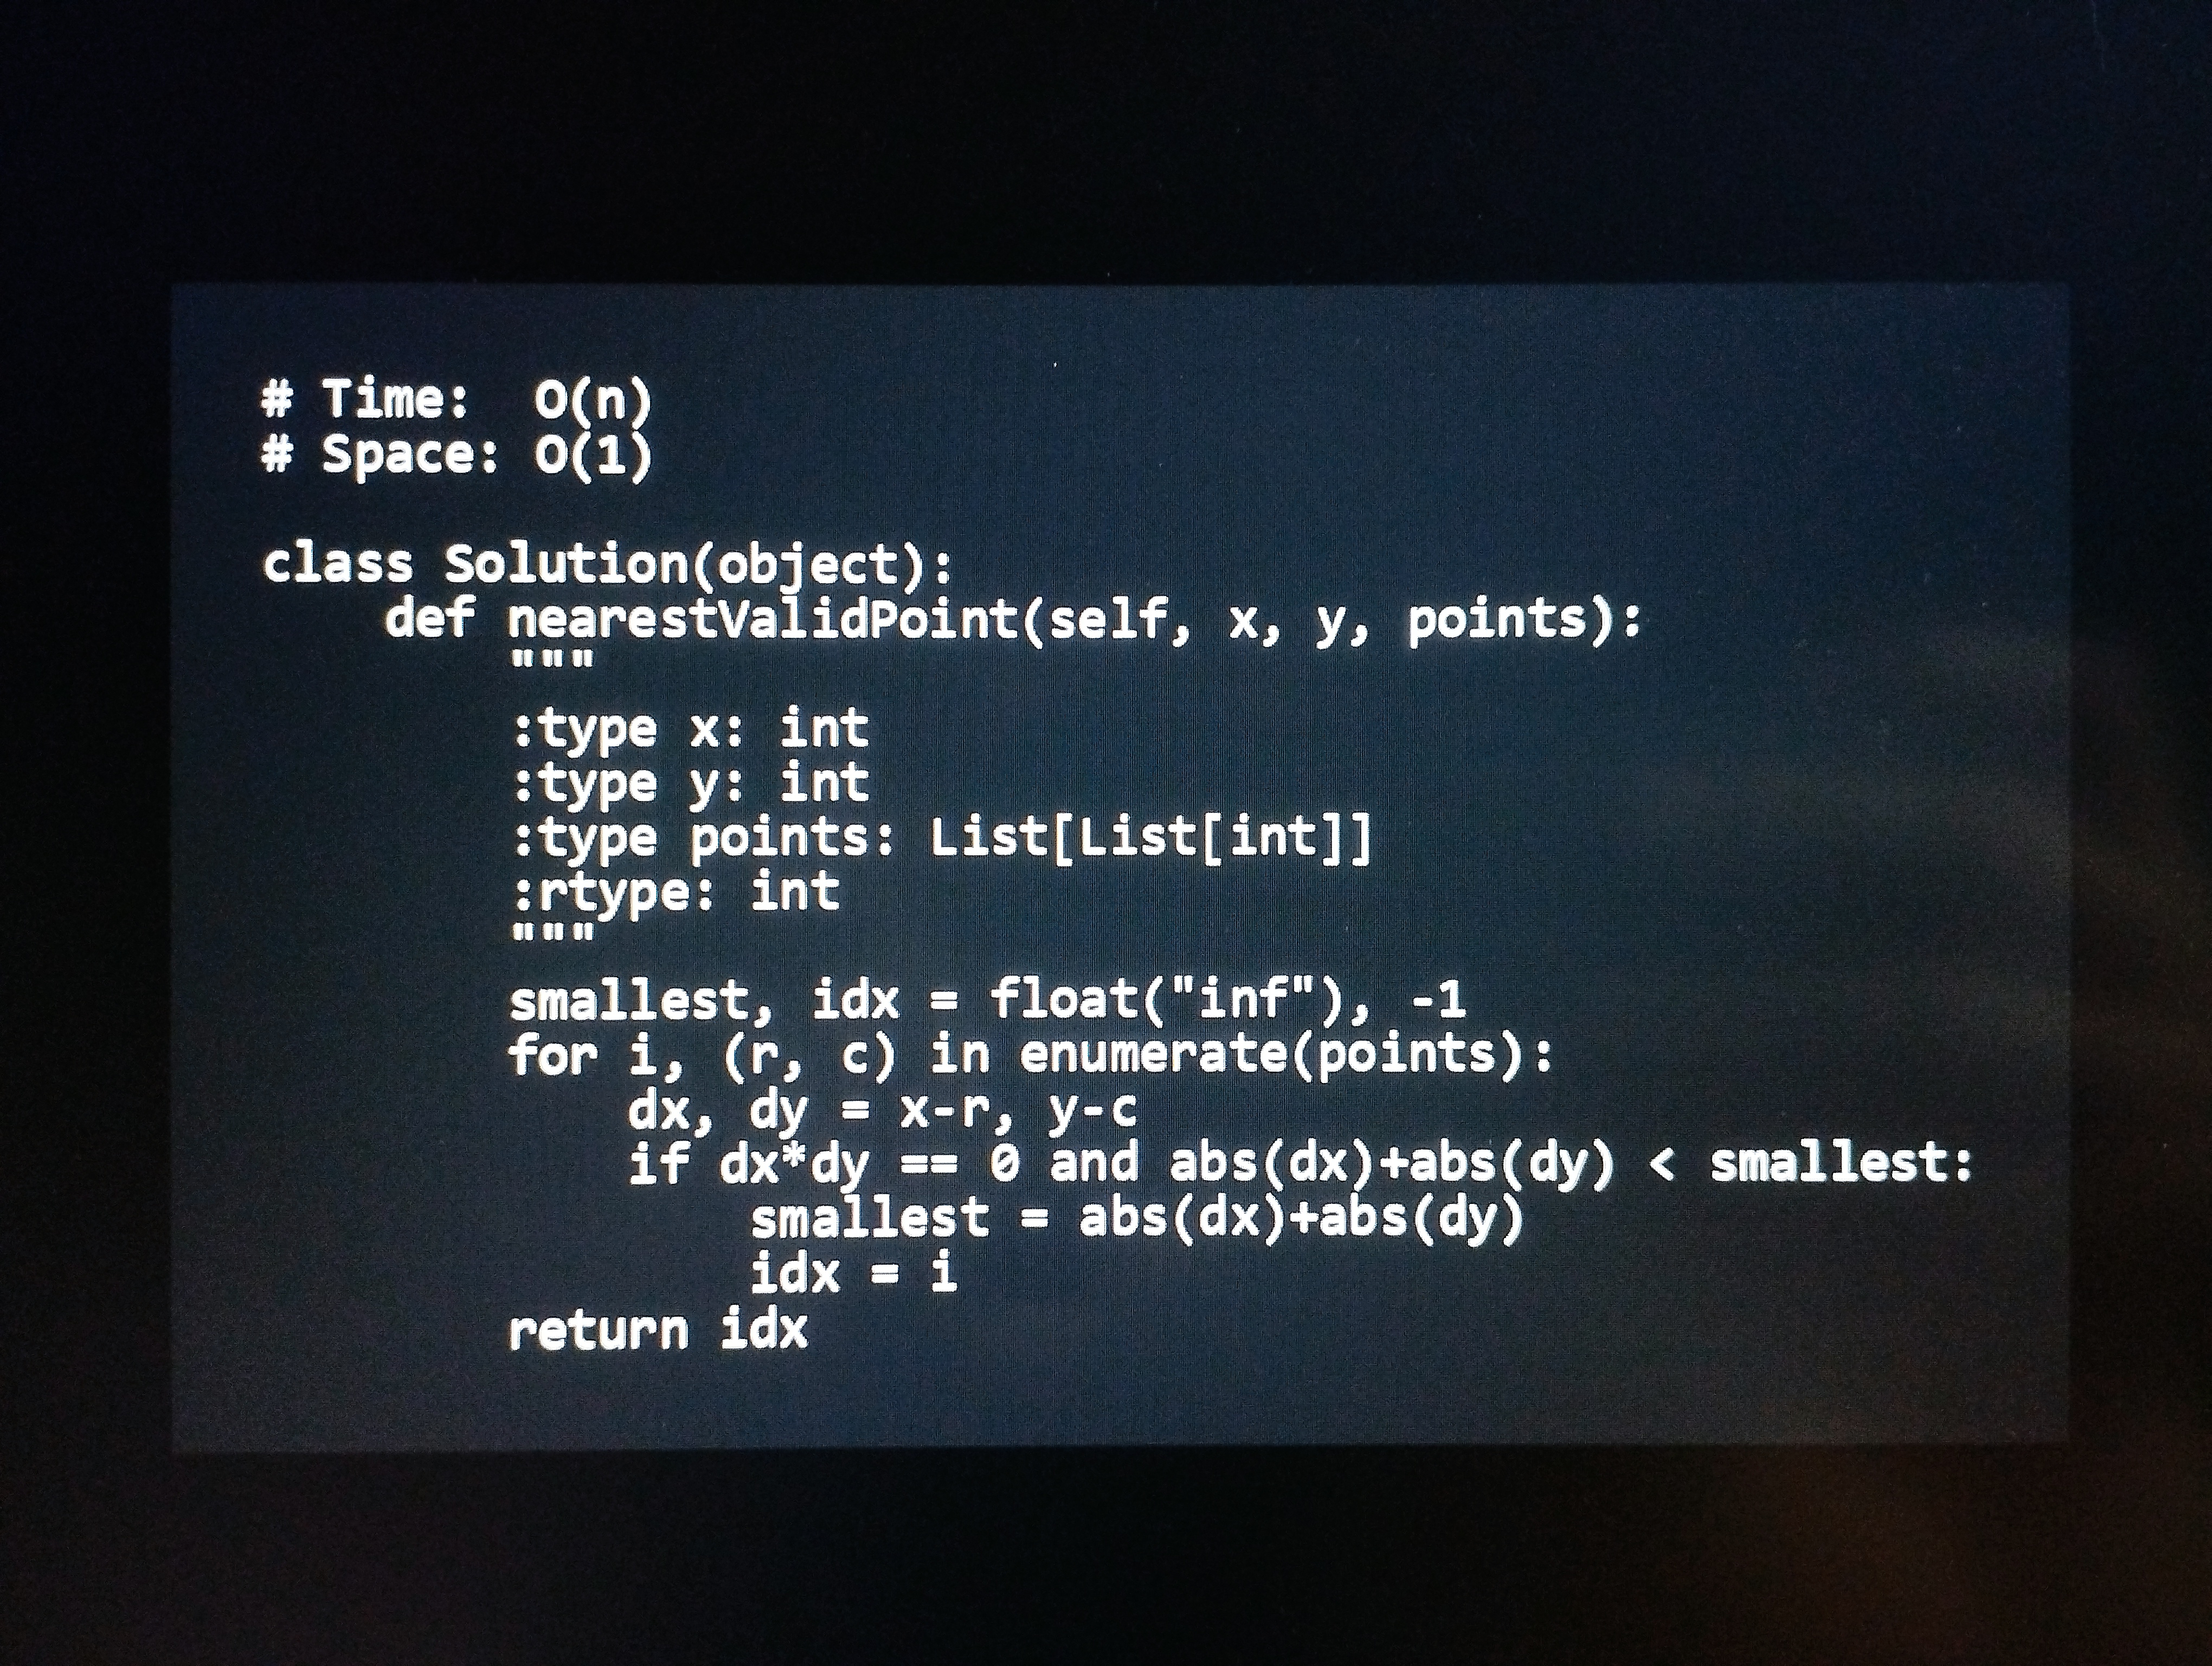
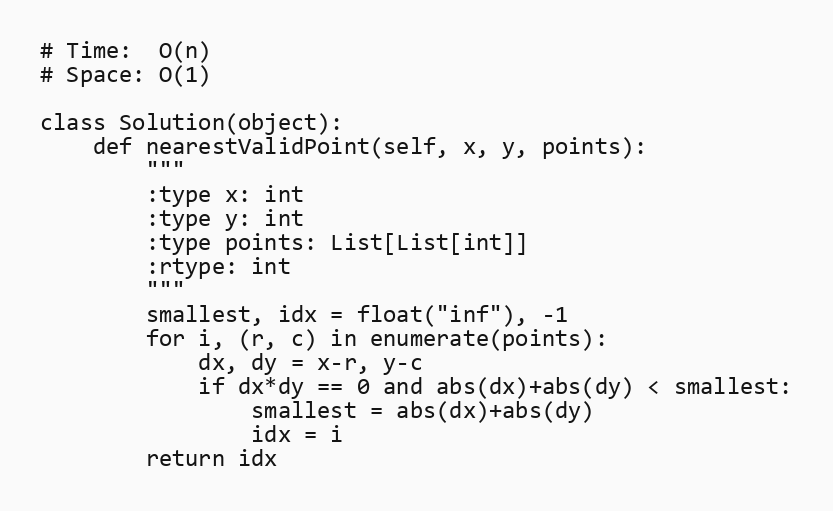
# Time:  O(n)
# Space: O(1)

class Solution(object):
    def nearestValidPoint(self, x, y, points):
        """
        :type x: int
        :type y: int
        :type points: List[List[int]]
        :rtype: int
        """
        smallest, idx = float("inf"), -1
        for i, (r, c) in enumerate(points):
            dx, dy = x-r, y-c
            if dx*dy == 0 and abs(dx)+abs(dy) < smallest:
                smallest = abs(dx)+abs(dy)
                idx = i
        return idx